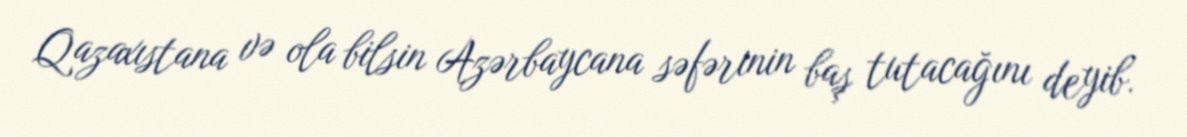
Qazaxıstana və ola bilsin Azərbaycana səfərinin baş tutacağını deyib.